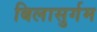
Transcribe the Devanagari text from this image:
बिलासुर्गम